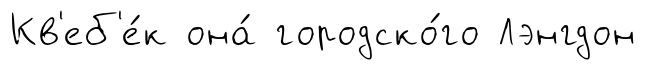
Кв'еб'е́к она́ городско́го Лэнгдон